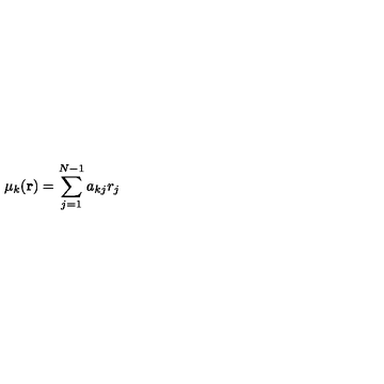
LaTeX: \mu _ { k } ( { \bf r } ) = \sum _ { j = 1 } ^ { N - 1 } a _ { k j } r _ { j }